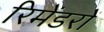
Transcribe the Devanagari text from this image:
रिमेंडरों